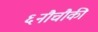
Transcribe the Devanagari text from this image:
६नौचौकी